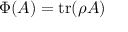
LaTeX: \Phi ( A ) = \operatorname { t r } ( \rho A )